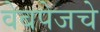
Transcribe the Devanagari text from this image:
वेबपेजचे